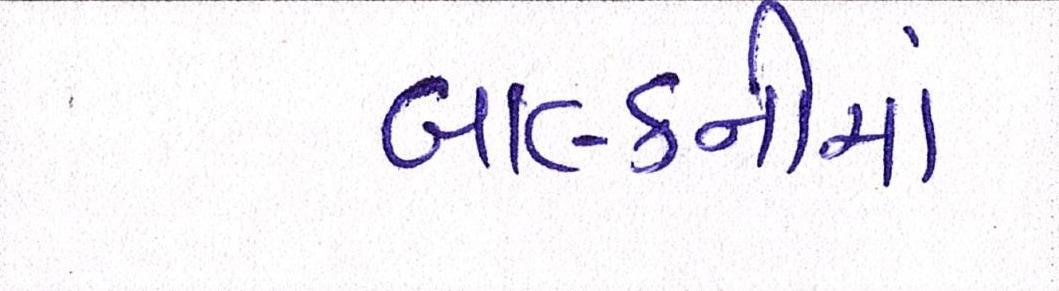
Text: બાલ્કનીમાં